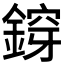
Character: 𨩴